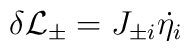
\delta{\cal L}_{\pm} = J_{\pm i}\dot{\eta_i}